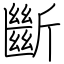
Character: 斷